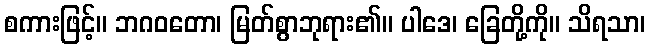
စကားဖြင့်။ ဘဂဝတော၊ မြတ်စွာဘုရား၏။ ပါဒေ၊ ခြေတို့ကို။ သိရသာ၊